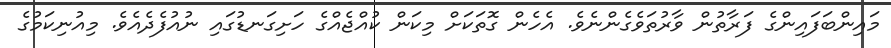
މައިންބަފައިންގެ ފަރާތުން ވާރުތަވެގެންނެވެ. އެހެން ގޮތަކަށް މިކަން ކުއްޖެއްގެ ހަށިގަނޑުގައި ނުއުފެދެއެވެ. މިއުނިކަމުގެ